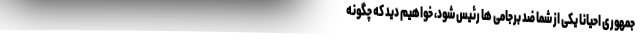
جمهوری احیاناً یکی از شما ضد برجامی ها رئیس شود، خواهیم دید که چگونه